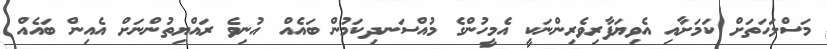
މަސްލަހަތަށް ކަމަށާއި އެވިޔަފާރިވެރިންނަކީ އެމީހުންގެ މުއްސަނދިކަމުން ބައެއް އުނިވެ ރައްޔިތުންނަށް އެއިން ބައެއް